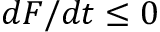
{ d F } / { d t } \leq 0